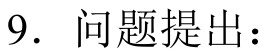
9. 问题提出：